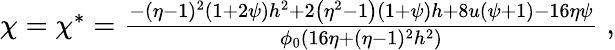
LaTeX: \begin{array}{r}{\chi=\chi^{*}=\frac{-(\eta-1)^{2}(1+2\psi)h^{2}+2\left(\eta^{2}-1\right)\left(1+\psi\right)h+8u(\psi+1)-16\eta\psi}{\phi_{0}\left(16\eta+(\eta-1)^{2}h^{2}\right)}\; ,}\end{array}